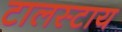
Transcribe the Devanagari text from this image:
टालस्‍टाय